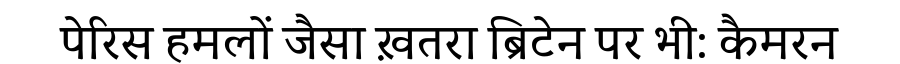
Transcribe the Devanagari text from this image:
पेरिस हमलों जैसा ख़तरा ब्रिटेन पर भी: कैमरन